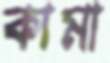
কামা